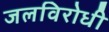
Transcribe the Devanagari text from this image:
जलविरोधी